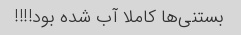
بستنی‌ها کاملا آب شده بود!!!!